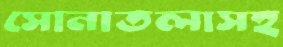
সোনাতলাসহ